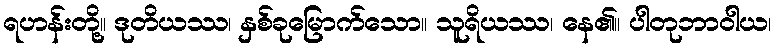
ရဟန်းတို့။ ဒုတိယဿ၊ နှစ်ခုမြောက်သော။ သူရိယဿ၊ နေ၏။ ပါတုဘာဝါယ၊